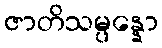
ဇာတိသမ္ပန္နော